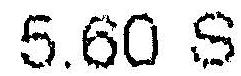
5.60 S